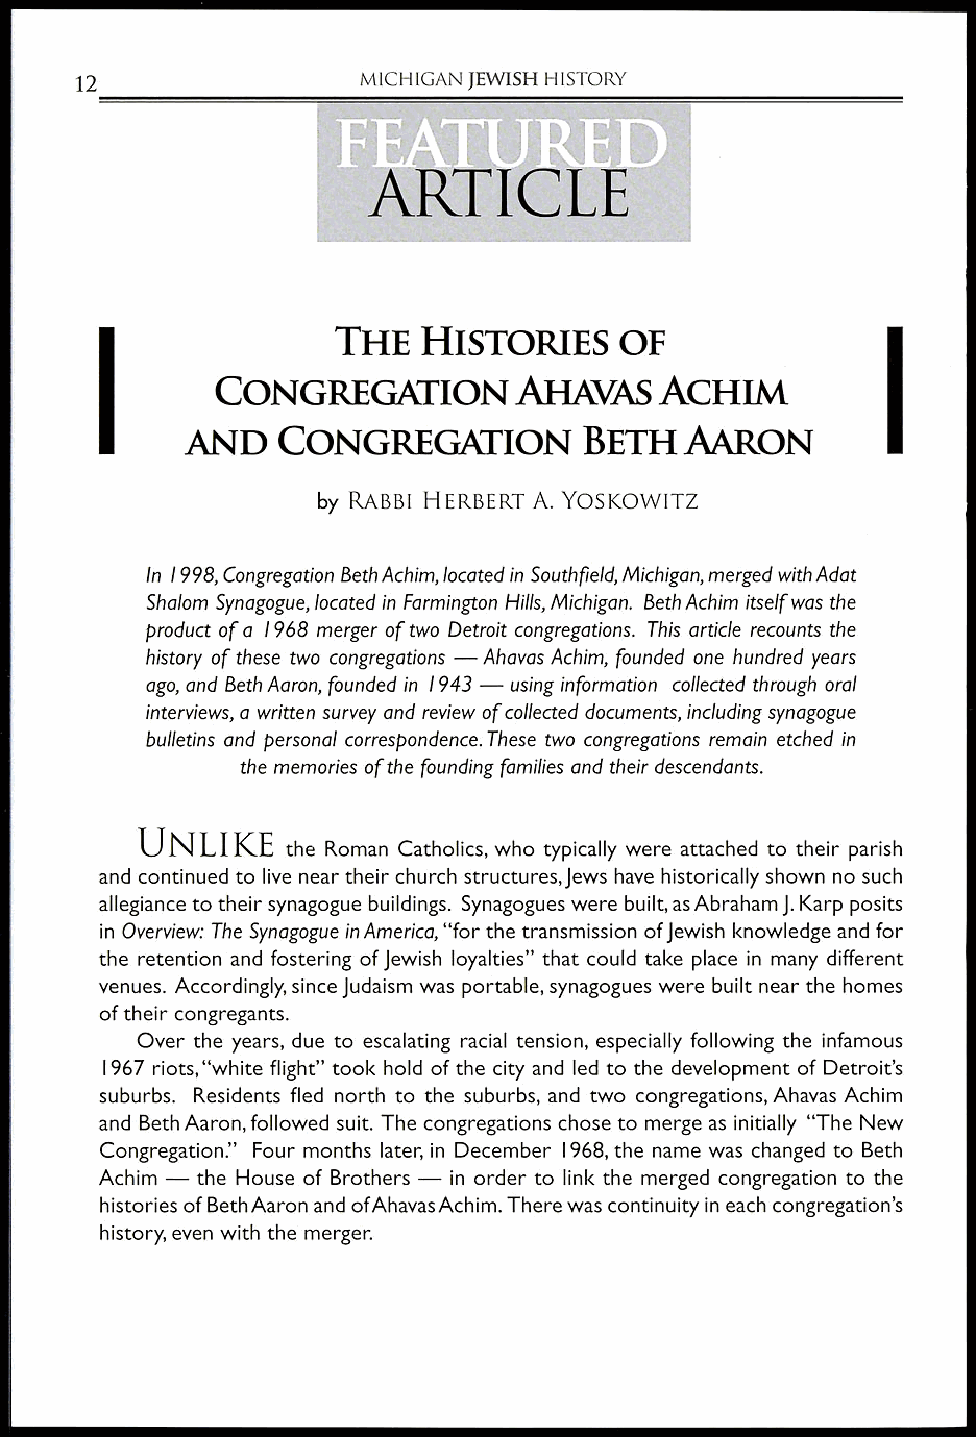
MICHIGAN JEWISH HISTORY
 12
 THE   HISTORIES    OF
 CONGREGATION        AHAVAS    ACHIM
 AND   CONGREGATION        BETH   AARON
 by RABBI H ERBERT A. YOSKOWITZ
 In 1 9 C98o, ngregation Beth Achim, located in South field, Michigan, merged with Adat
 Shalom Synagogue, located in Farmington Hills, Michigan. Beth Achim itself was the
 product of a 1968 merger of two Detroit congregations. This article recounts the
 history of these two congregations — Ahavas Achim, founded one hundred years
 ago, and Beth Aaron, founded in 1943 — using information collected through oral
 interviews, a written survey and review of collected documents, including synagogue
 bulletins and personal correspondence. These two congregations remain etched in
 the memories of the founding families and their descendants.
 UNLIKE
 the Roman Catholics, who typically were attached to their parish
 and continued to live near their church structures, Jews have historically shown no such
 allegiance to their synagogue buildings. Synagogues were built, as Abraham J. Karp posits
 in Overview: The Synagogue in America, "for the transmission of Jewish knowledge and for
 the retention and fostering of Jewish loyalties" that could take place in many different
 venues. Accordingly, since Judaism was portable, synagogues were built near the homes
 of their congregants.
 Over the years, due to escalating racial tension, especially following the infamous
 1967 riots, "white flight" took hold of the city and led to the development of Detroit's
 suburbs. Residents fled north to the suburbs, and two congregations, Ahavas Achim
 and Beth Aaron, followed suit. The congregations chose to merge as initially "The New
 Congregation." Four months later, in December 1968, the name was changed to Beth
 Achim — the House of Brothers — in order to link the merged congregation to the
 histories of Beth Aaron and ofAhavas Achim. There was continuity in each congregation's
 history, even with the merger.